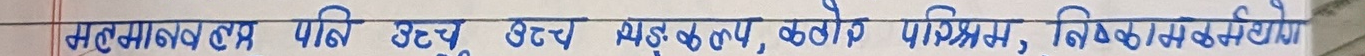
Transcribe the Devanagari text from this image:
समुदय स्तर प्रति दृष्टव्य उच्च श्रव्य माध्यम, कठोर परिश्रम, निष्ठापूर्वक